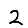
Digit: 2